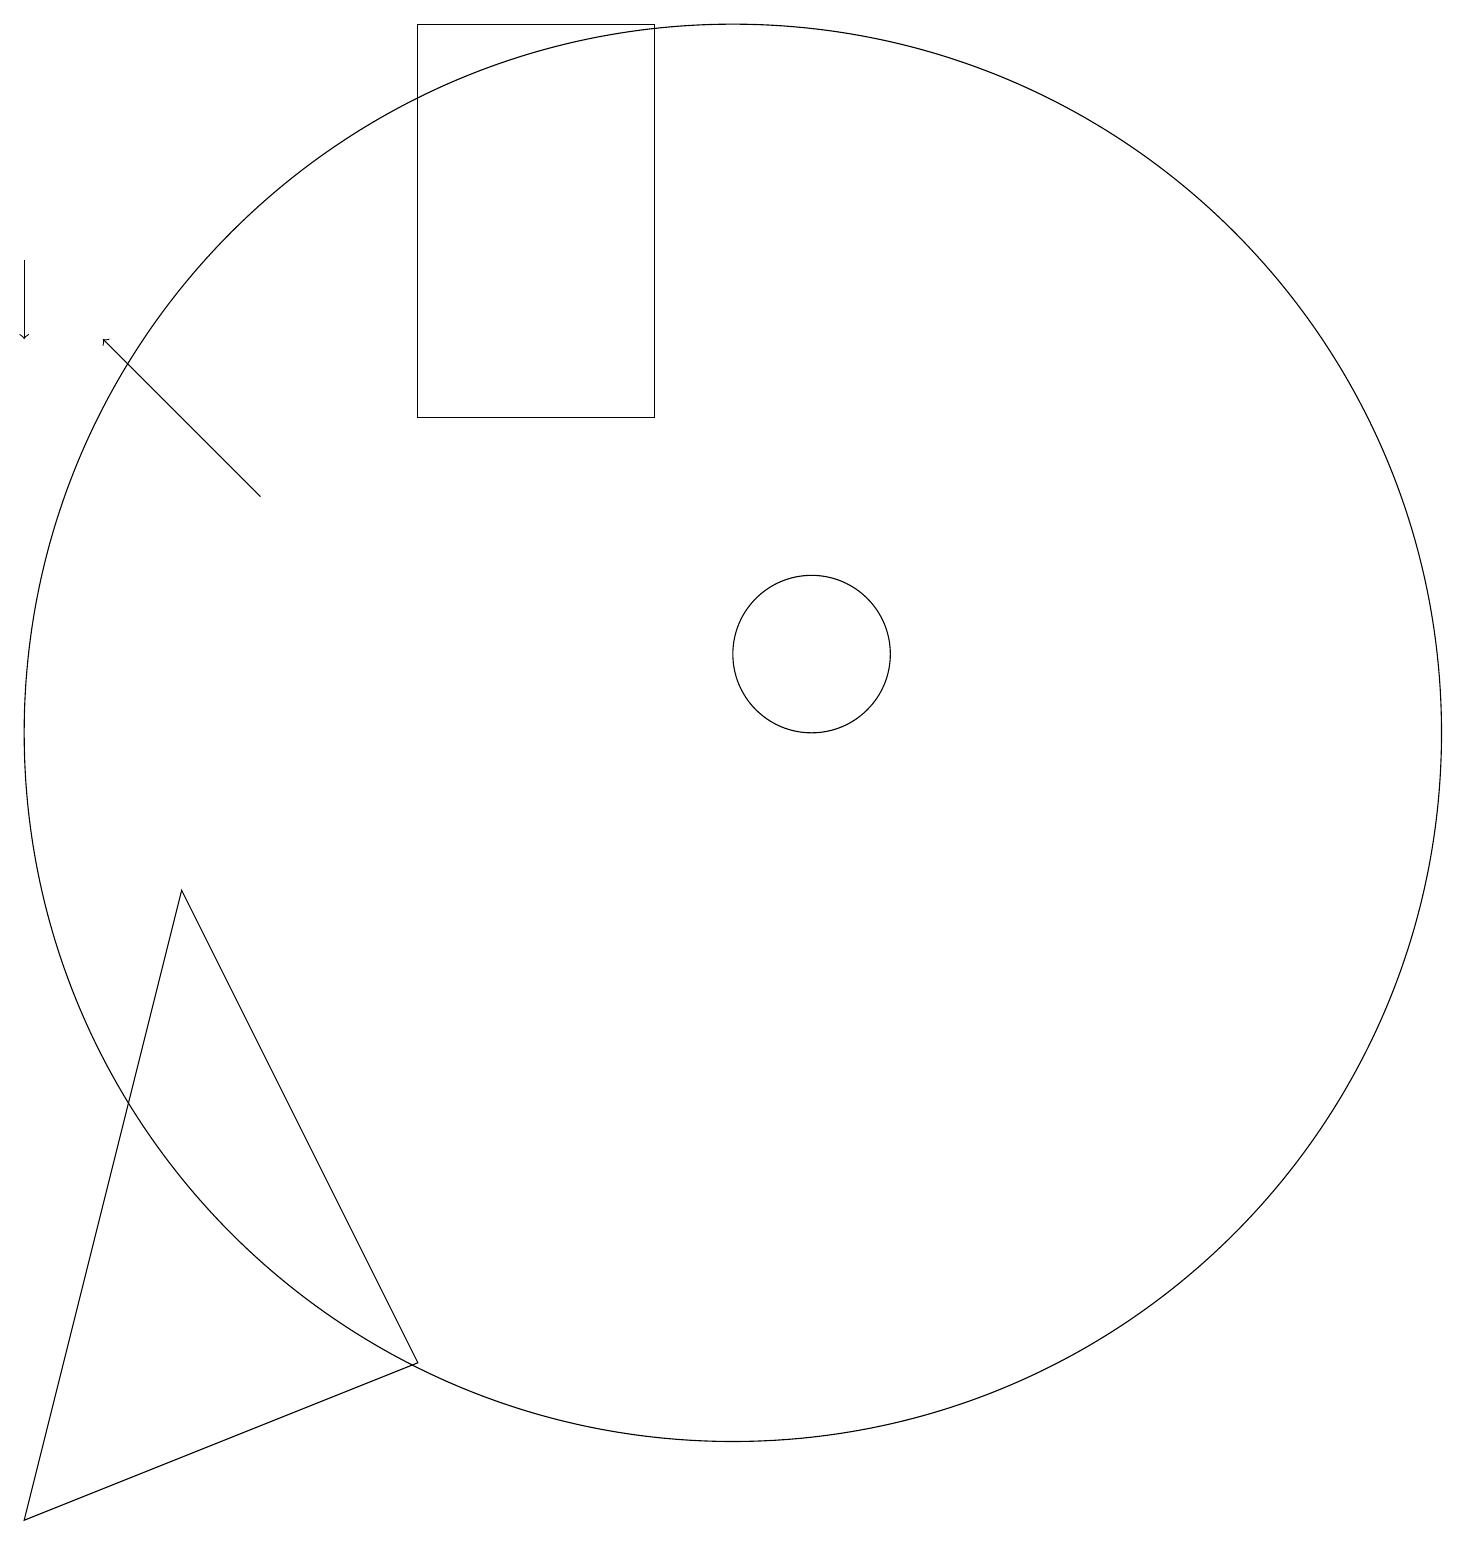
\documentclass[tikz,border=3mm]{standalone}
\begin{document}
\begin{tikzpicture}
\draw (10,10) circle (9);
\draw (1,0) -- (6,2) -- (3,8) -- cycle;
\draw (6,19) rectangle (9,14);
\draw (11,11) circle (1);
\draw[->] (4,13) -- (2,15);
\draw[->] (1,16) -- (1,15);
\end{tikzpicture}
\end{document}